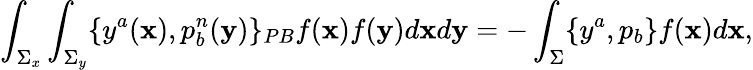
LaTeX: \int_{\Sigma_{x}}\int_{\Sigma_{y}}\{ y^{a}({\mathbf x}),p_{b}^{n}({\mathbf y})\} _{PB}f({\mathbf x})f({\mathbf y})d{\mathbf x}d{\mathbf y}=-\int_{\Sigma}\{ y^{a},p_{b}\} f({\mathbf x})d{\mathbf x},